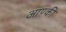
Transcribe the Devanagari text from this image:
आण्की